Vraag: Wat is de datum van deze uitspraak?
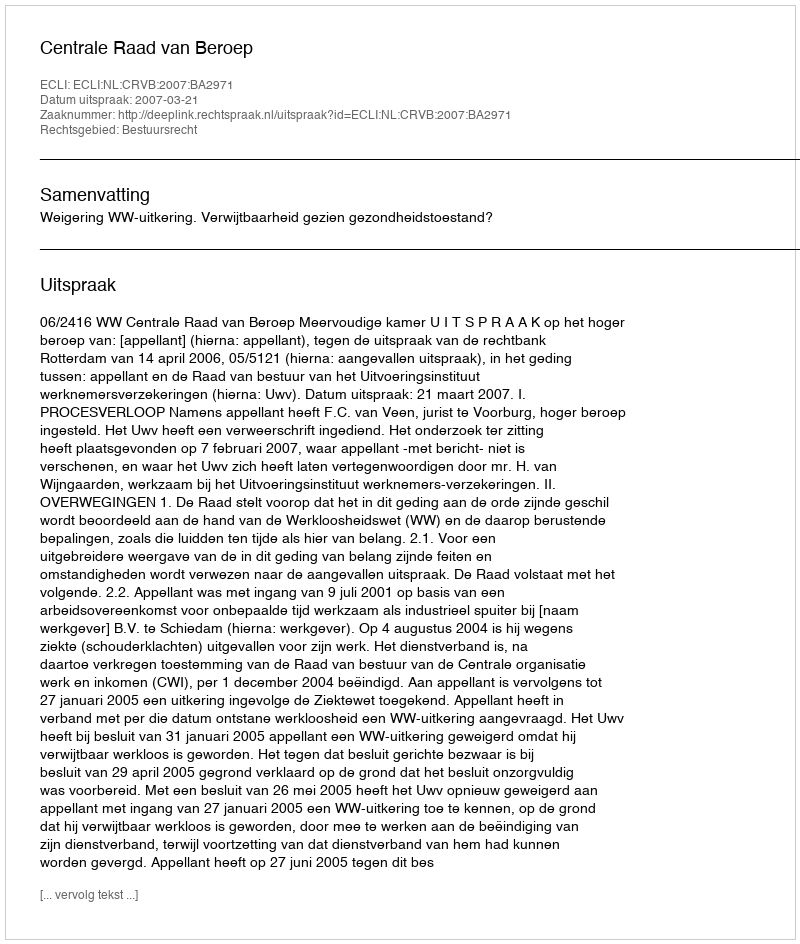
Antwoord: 2007-03-21